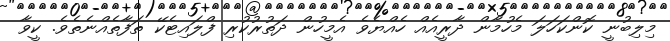
މިލިބުނީ ކޮންކަހަލަ މެހުމާން ދާރީއެއް ހެއްޔެވެ އެމީހުން ދަތުރުކުރި ފްލައިޓެކޭ ތަފާތެއްނެތެވެ. ކީވާ